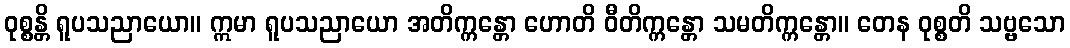
ဝုစ္စန္တိ ရူပသညာယော။ ဣမာ ရူပသညာယော အတိက္ကန္တော ဟောတိ ဝီတိက္ကန္တော သမတိက္ကန္တော။ တေန ဝုစ္စတိ သဗ္ဗသော